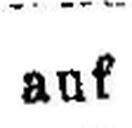
auf